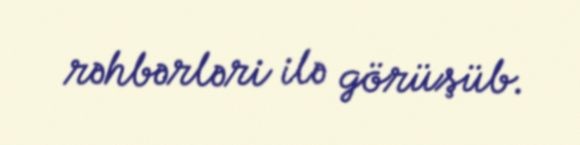
rəhbərləri ilə görüşüb.